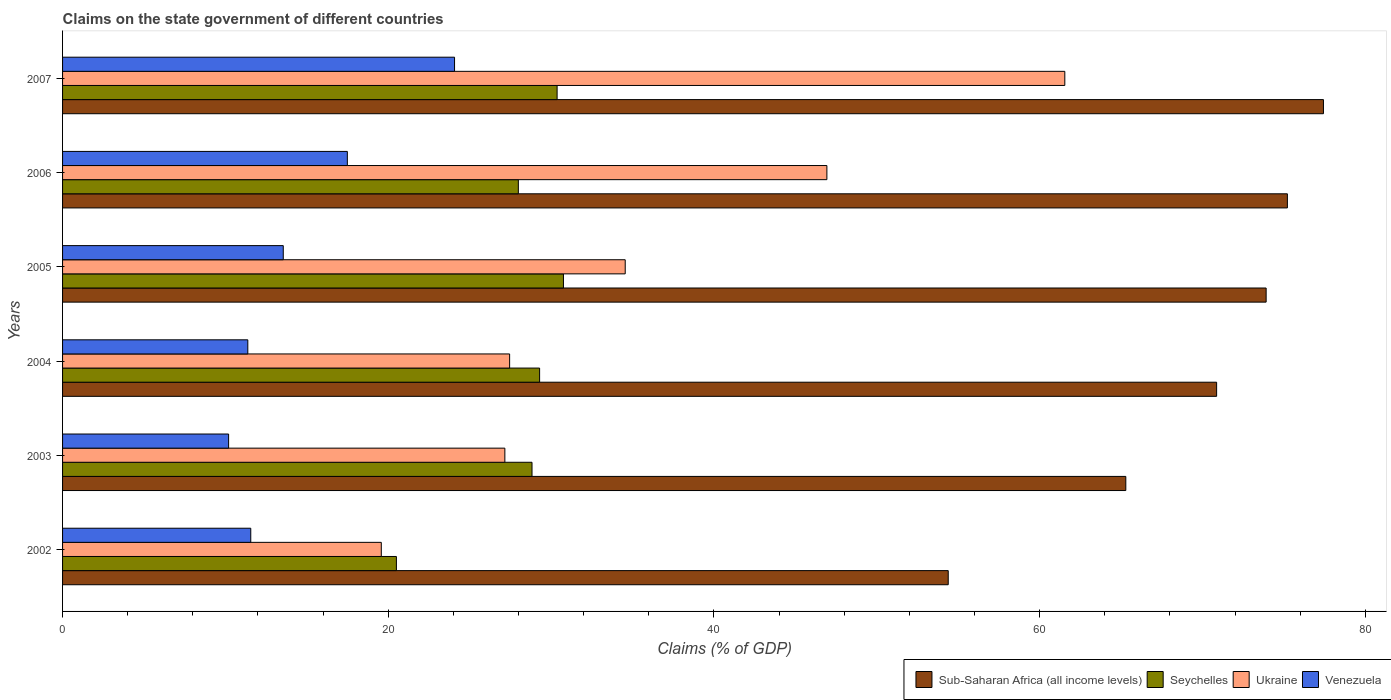
| Years | Sub-Saharan Africa (all income levels) | Seychelles | Ukraine | Venezuela |
 | --- | --- | --- | --- | --- |
 | 2002 | 54.4 | 20.5 | 19.6 | 11.6 |
 | 2003 | 65.3 | 28.8 | 27.2 | 10.2 |
 | 2004 | 70.9 | 29.3 | 27.5 | 11.4 |
 | 2005 | 73.9 | 30.8 | 34.5 | 13.6 |
 | 2006 | 75.2 | 28 | 46.9 | 17.5 |
 | 2007 | 77.4 | 30.4 | 61.5 | 24.1 |